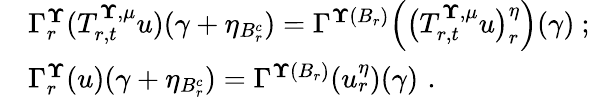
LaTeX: \begin{array}{rl}&{\Gamma_{r}^{{\mathbf\Upsilon}}(T_{r,t}^{{\mathbf\Upsilon},{\mu}}u)(\gamma+\eta_{B_{r}^{c}})=\Gamma^{{\mathbf\Upsilon}(B_{r})}\Bigl(\bigl(T_{r,t}^{{\mathbf\Upsilon},{\mu}}u\bigr)_{r}^{\eta}\Bigr)(\gamma)\ ;}\\ &{\Gamma_{r}^{{\mathbf\Upsilon}}(u)(\gamma+\eta_{B_{r}^{c}})=\Gamma^{{\mathbf\Upsilon}(B_{r})}(u_{r}^{\eta})(\gamma)\, \, \mathrm{.}}\end{array}